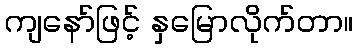
ကျနော်ဖြင့် နှမြောလိုက်တာ။